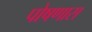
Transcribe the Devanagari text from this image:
पोषणास